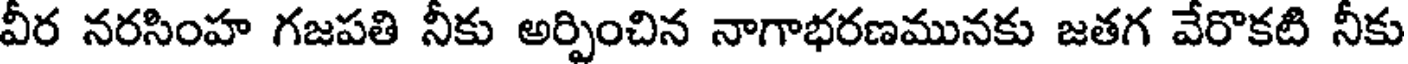
వీర నరసింహ గజపతి నీకు అర్పించిన నాగాభరణమునకు జతగ వేరొకటి నీకు